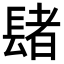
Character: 𨲘